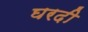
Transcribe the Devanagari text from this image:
घरदी